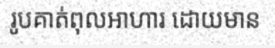
រូបគាត់ពុលអាហារ ដោយមាន